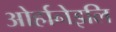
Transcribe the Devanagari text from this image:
ओर्हानेइलि